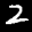
Label: 2